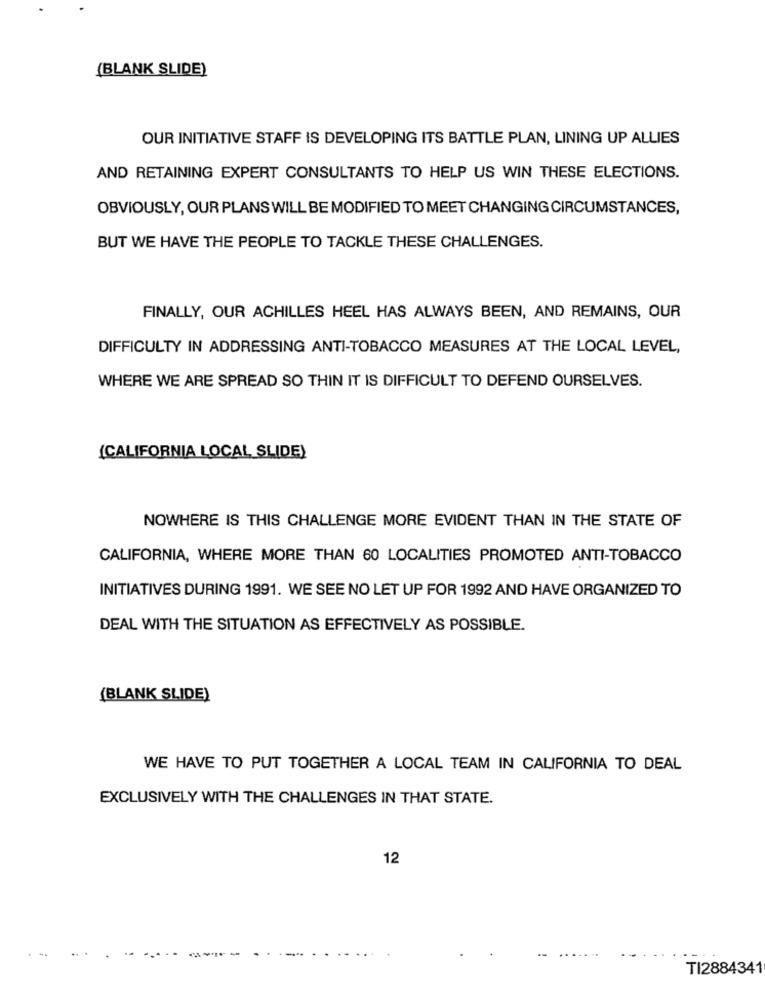
(BLANK SLIDE)
OUR INITIATIVE STAFF IS DEVELOPING ITS BATTLE PLAN, LINING UP ALLIES
AND RETAINING EXPERT CONSULTANTS TO HELP US WIN THESE ELECTIONS.
OBVIOUSLY, OUR PLANS WILL BE MODIFIED TO MEET CHANGING CIRCUMSTANCES,
BUT WE HAVE THE PEOPLE TO TACKLE THESE CHALLENGES.
FINALLY, OUR ACHILLES HEEL HAS ALWAYS BEEN, AND REMAINS, OUR
DIFFICULTY IN ADDRESSING ANTI-TOBACCO MEASURES AT THE LOCAL LEVEL,
WHERE WE ARE SPREAD SO THIN IT IS DIFFICULT TO DEFEND OURSELVES.
(CALIFORNIA LOCAL SLIDE)
NOWHERE IS THIS CHALLENGE MORE EVIDENT THAN IN THE STATE OF
CALIFORNIA, WHERE MORE THAN 60 LOCALITIES PROMOTED ANTI-TOBACCO
INITIATIVES DURING 1991. WE SEE NO LET UP FOR 1992 AND HAVE ORGANIZED TO
DEAL WITH THE SITUATION AS EFFECTIVELY AS POSSIBLE.
(BLANK SLIDE)
WE HAVE TO PUT TOGETHER A LOCAL TEAM IN CALIFORNIA TO DEAL
EXCLUSIVELY WITH THE CHALLENGES IN THAT STATE.
12
TI2884341